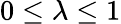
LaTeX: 0\leq\lambda\leq 1